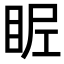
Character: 𥅣